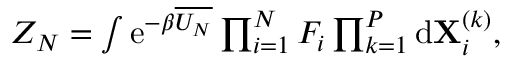
\begin{array} { r } { Z _ { N } = \int \mathrm { e } ^ { - \beta \overline { { U _ { N } } } } \prod _ { i = 1 } ^ { N } F _ { i } \prod _ { k = 1 } ^ { P } \mathrm { d } \mathbf { X } _ { i } ^ { ( k ) } , } \end{array}